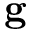
\mathbf { g }